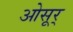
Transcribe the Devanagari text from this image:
ओसूर्